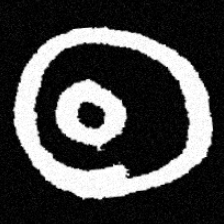
Pyu character \u2014 Myanmar letter: ထ (romanized: tha)